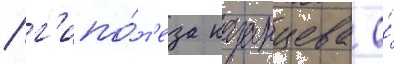
/ г'ипо́т'еза казанцева о́